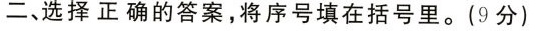
二、选择正确的答案，将序号填在括号里。(9分)